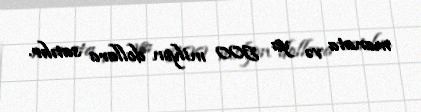
manata və ya 500 milyon dollara satılır.